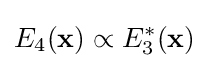
E_{4}(\mathbf {x} )\propto E_{3}^{*}(\mathbf {x} )